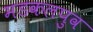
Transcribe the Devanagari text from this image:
मडकलपुव